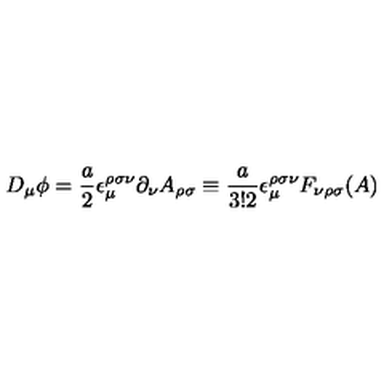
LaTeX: D _ { \mu } \phi = \frac { a } { 2 } \epsilon _ { \mu } ^ { \rho \sigma \nu } \partial _ { \nu } A _ { \rho \sigma } \equiv \frac { a } { 3 ! 2 } \epsilon _ { \mu } ^ { \rho \sigma \nu } F _ { \nu \rho \sigma } ( A )